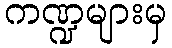
ကဏ္ဍများမှ